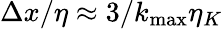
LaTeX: \Delta x/\eta\approx 3/k_{\mathrm{max}}\eta_{K}